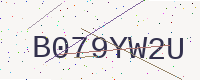
Text: B079YW2U